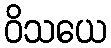
ဝိသယေ